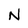
Character: N